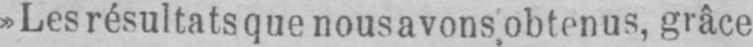
»Les résultats que nous avons obtenus, grâce